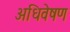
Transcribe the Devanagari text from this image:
अधिवेषण